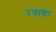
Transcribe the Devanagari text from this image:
रवाडा